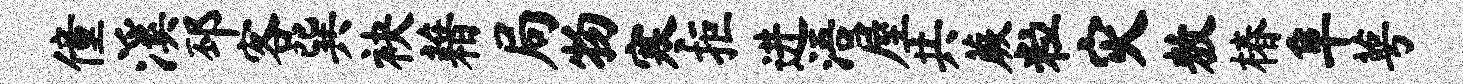
僮溪邳客巽袂藉局物寒拒进浯屋共蕨粒灾敖椿阜萼